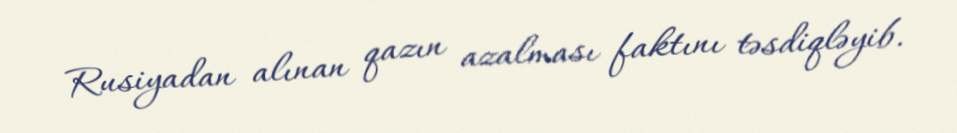
Rusiyadan alınan qazın azalması faktını təsdiqləyib.